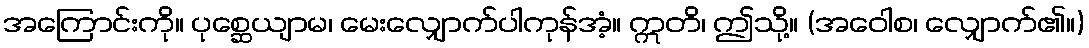
အကြောင်းကို။ ပုစ္ဆေယျာမ၊ မေးလျှောက်ပါကုန်အံ့။ ဣတိ၊ ဤသို့။ (အဝေါစ၊ လျှောက်၏။)